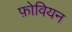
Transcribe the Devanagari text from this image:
फ़ोवियन